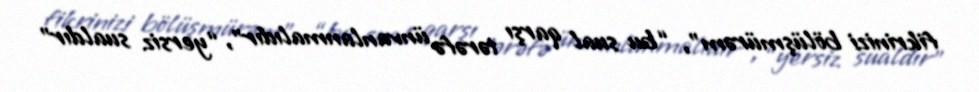
fikrinizi bölüşmürəm”, “bu sual qarşı tərəfə ünvanlanmalıdır”, “yersiz sualdır”